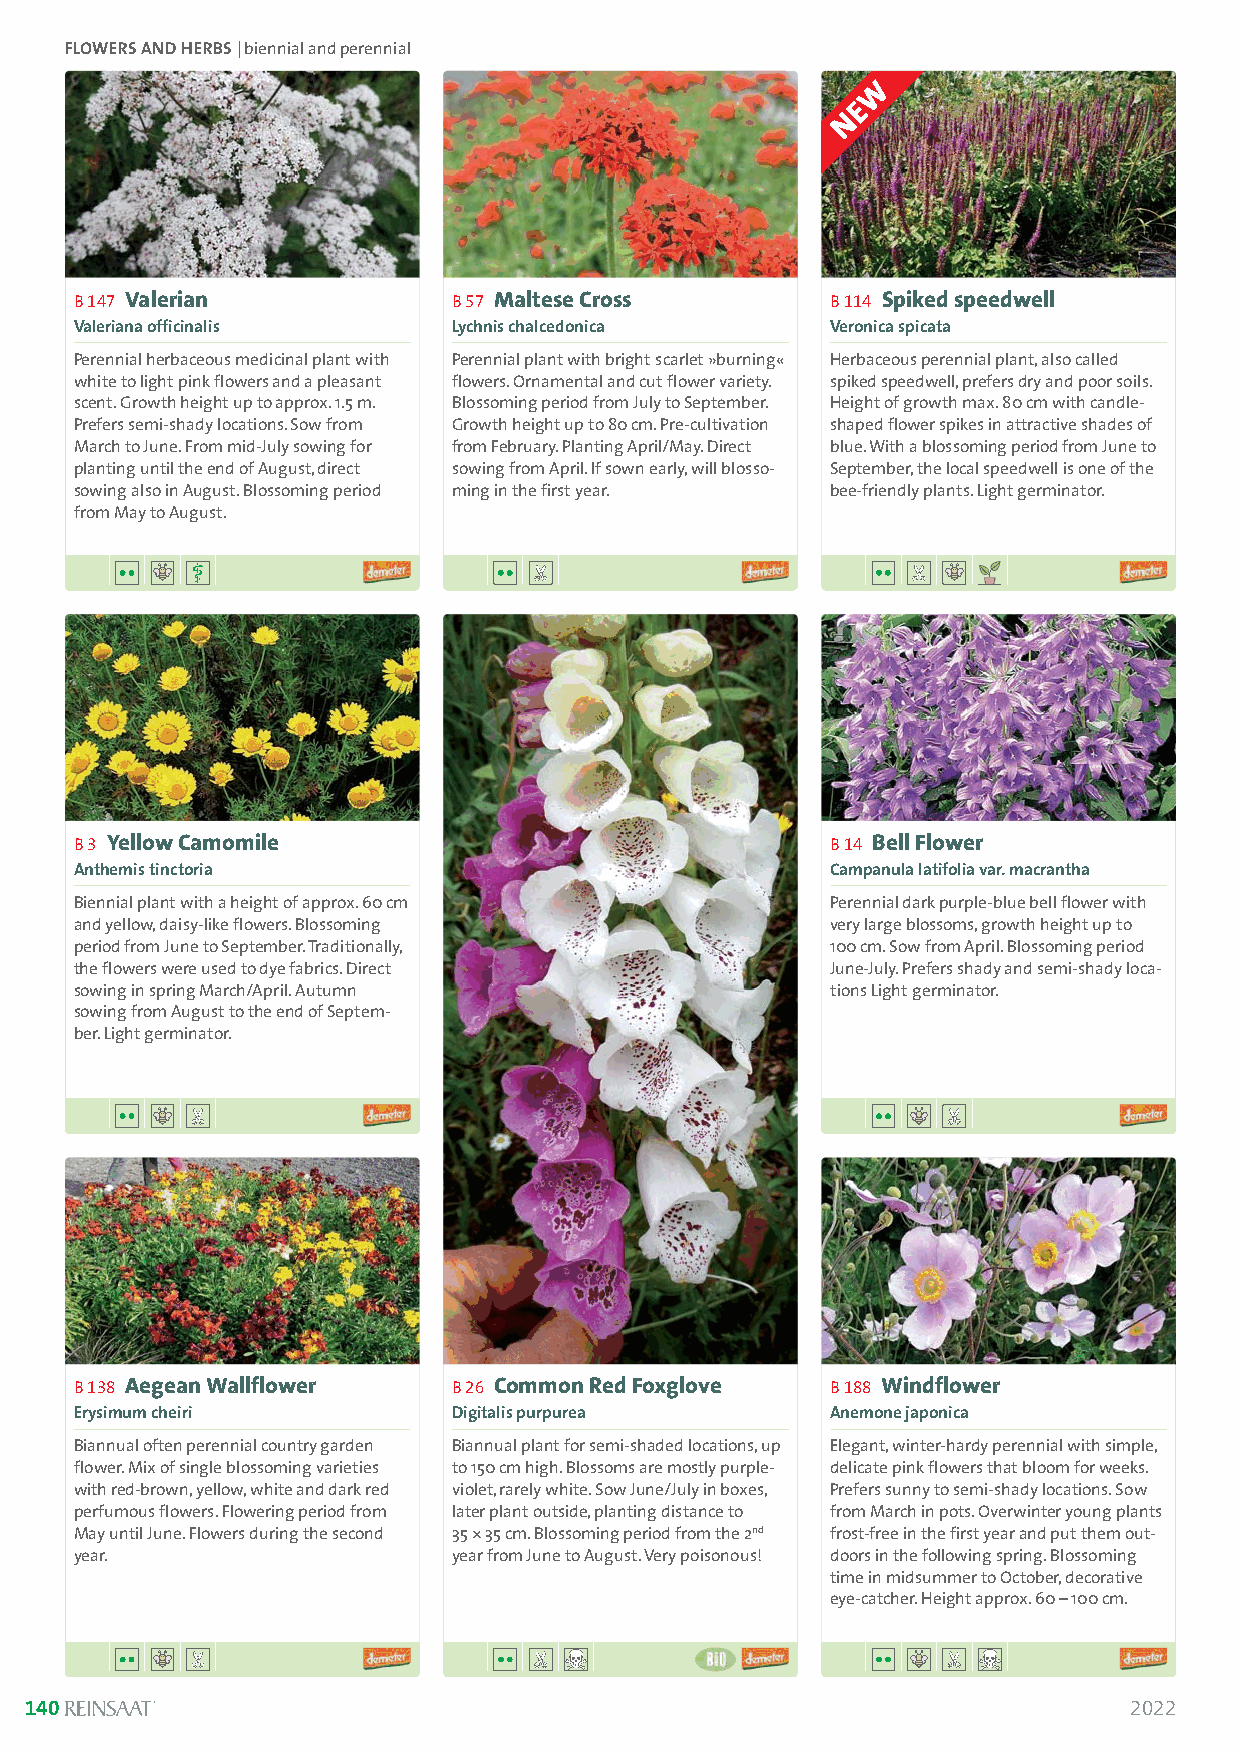
FLOWERS AND HERBS | biennial and perennial
 B 147 Valerian           B 57 Maltese Cross       B 114 Spiked speedwell
 Valeriana officinalis    Lychnis chalcedonica     Veronica spicata
 Perennial herbaceous medicinal plant with Perennial plant with bright scarlet »burning« Herbaceous perennial plant, also called
 white to light pink flowers and a pleasant flowers. Ornamental and cut flower variety. spiked speedwell, prefers dry and poor soils.
 scent. Growth height up to approx. 1.5 m. Blossoming period from July to September. Height of growth max. 80 cm with candle-
 Prefers semi-shady locations. Sow from Growth height up to 80 cm. Pre-cultivation shaped flower spikes in attractive shades of
 March to June. From mid-July sowing for from February. Planting April/May. Direct blue. With a blossoming period from June to
 planting until the end of August, direct sowing from April. If sown early, will blosso- September, the local speedwell is one of the
 sowing also in August. Blossoming period ming in the first year. bee-friendly plants. Light germinator.
 from May to August.
 B 3 Yellow Camomile                               B 14 Bell Flower
 Anthemis tinctoria                                Campanula latifolia var. macrantha
 Biennial plant with a height of approx. 60 cm     Perennial dark purple-blue bell flower with
 and yellow, daisy-like flowers. Blossoming        very large blossoms, growth height up to
 period from June to September. Traditionally,     100 cm. Sow from April. Blossoming period
 the flowers were used to dye fabrics. Direct      June-July. Prefers shady and semi-shady loca-
 sowing in spring March/April. Autumn              tions Light germinator.
 sowing from August to the end of Septem-
 ber. Light germinator.
 B 138 Aegean Wallflower  B 26 Common Red Foxglove B 188 Windflower
 Erysimum cheiri          Digitalis purpurea       Anemone japonica
 Biannual often perennial country garden Biannual plant for semi-shaded locations, up Elegant, winter-hardy perennial with simple,
 flower. Mix of single blossoming varieties to 150 cm high. Blossoms are mostly purple- delicate pink flowers that bloom for weeks.
 with red-brown, yellow, white and dark red violet, rarely white. Sow June/July in boxes, Prefers sunny to semi-shady locations. Sow
 perfumous flowers. Flowering period from later plant outside, planting distance to from March in pots. Overwinter young plants
 May until June. Flowers during the second 35 *35 cm. Blossoming period from the 2nd frost-free in the first year and put them out-
 year.                    year from June to August. Very poisonous! doors in the following spring. Blossoming
 time in midsummer to October, decorative
 eye-catcher. Height approx. 60 –100 cm.
 140                                                                      2022